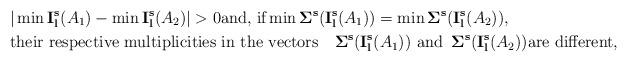
LaTeX: \begin{align*}&\vert\min {\bf I_l^s}(A_1)-\min {\bf I_l^s}(A_2)\vert >0\hbox{and, if} \min {\bf \Sigma^s}({\bf I_l^s}(A_1))=\min {\bf \Sigma^s}({\bf I_l^s}(A_2)),\\ &\hbox{their respective multiplicities in the vectors}\quad{\bf \Sigma^s}({\bf I_l^s}(A_1))\,\,\hbox{and}\,\,\, {\bf \Sigma^s}({\bf I_l^s}(A_2)) \hbox{are different,}\end{align*}